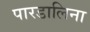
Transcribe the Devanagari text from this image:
पारडालिना